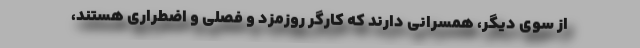
از سوي ديگر، همسراني دارند كه كارگر روزمزد و فصلي و اضطراري هستند،